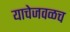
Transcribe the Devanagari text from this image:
याचेजवळच